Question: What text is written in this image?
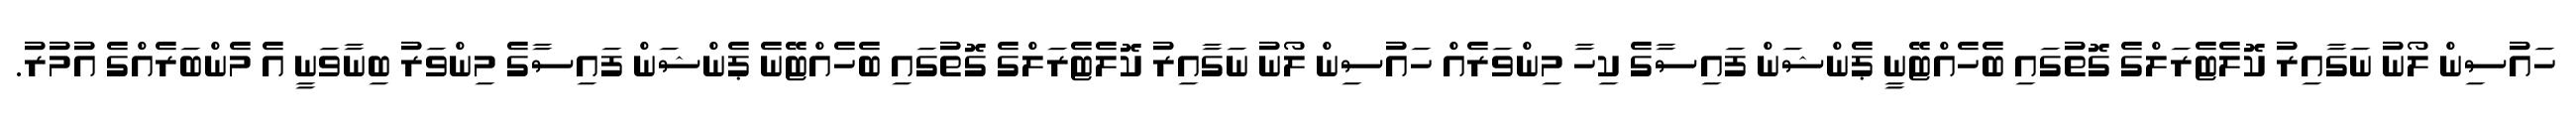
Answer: ހައުސިން ލޯނު ނަގާއިރު ކޮލެޓެރަލްގެ ގޮތުގައި ބެހެއްޓޭނީ ޕެންޝަން ފައިސާގެ ކިހާ މިންވަރެއް ހައުސިން ލޯނު ނަގާއިރު ކޮލެޓެރަލްގެ ގޮތުގައި ބެހެއްޓޭނެ ޕެންޝަން ފައިސާގެ މިންވަރު ބިނާވަނީ އެ މެންބަރެއްގެ އުމުރު.